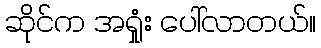
ဆိုင်က အရှုံး ပေါ်လာတယ်။